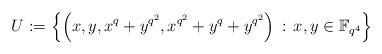
\begin{align*}U := \left\{\left(x,y,x^q+y^{q^2},x^{q^2}+y^q+y^{q^2}\right) \, : \, x,y \in \mathbb{F}_{q^4} \right\}\end{align*}